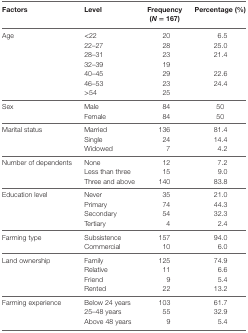
<table><thead><tr><td><b>Factors</b></td><td><b>Level</b></td><td><b>Frequency (<i>N</i> = 167)</b></td><td><b>Percentage (%)</b></td></tr></thead><tbody><tr><td rowspan="7">Age</td><td>&lt;22</td><td>20</td><td>6.5</td></tr><tr><td>22–27</td><td>28</td><td>25.0</td></tr><tr><td>28–31</td><td>23</td><td>21.4</td></tr><tr><td>32–39</td><td>19</td><td></td></tr><tr><td>40–45</td><td>29</td><td>22.6</td></tr><tr><td>46–53</td><td>23</td><td>24.4</td></tr><tr><td>&gt;54</td><td>25</td><td></td></tr><tr><td rowspan="2">Sex</td><td>Male</td><td>84</td><td>50</td></tr><tr><td>Female</td><td>84</td><td>50</td></tr><tr><td rowspan="3">Marital status</td><td>Married</td><td>136</td><td>81.4</td></tr><tr><td>Single</td><td>24</td><td>14.4</td></tr><tr><td>Widowed</td><td>7</td><td>4.2</td></tr><tr><td rowspan="3">Number of dependents</td><td>None</td><td>12</td><td>7.2</td></tr><tr><td>Less than three</td><td>15</td><td>9.0</td></tr><tr><td>Three and above</td><td>140</td><td>83.8</td></tr><tr><td rowspan="4">Education level</td><td>Never</td><td>35</td><td>21.0</td></tr><tr><td>Primary</td><td>74</td><td>44.3</td></tr><tr><td>Secondary</td><td>54</td><td>32.3</td></tr><tr><td>Tertiary</td><td>4</td><td>2.4</td></tr><tr><td rowspan="2">Farming type</td><td>Subsistence</td><td>157</td><td>94.0</td></tr><tr><td>Commercial</td><td>10</td><td>6.0</td></tr><tr><td rowspan="4">Land ownership</td><td>Family</td><td>125</td><td>74.9</td></tr><tr><td>Relative</td><td>11</td><td>6.6</td></tr><tr><td>Friend</td><td>9</td><td>5.4</td></tr><tr><td>Rented</td><td>22</td><td>13.2</td></tr><tr><td rowspan="3">Farming experience</td><td>Below 24 years</td><td>103</td><td>61.7</td></tr><tr><td>25–48 years</td><td>55</td><td>32.9</td></tr><tr><td>Above 48 years</td><td>9</td><td>5.4</td></tr></tbody></table>